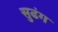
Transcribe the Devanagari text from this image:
सुढंग